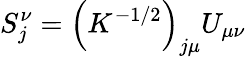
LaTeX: S_{j}^{\nu}=\left(K^{-1/2}\right)_{j\mu}U_{\mu\nu}